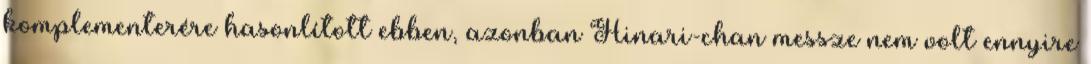
komplementerére hasonlított ebben, azonban Hinari-chan messze nem volt ennyire